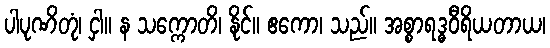
ပါပုဏိတုံ၊ ငှါ။ န သက္ကောတိ၊ နိုင်။ ဧကော၊ သည်။ အစ္စာရဒ္ဓဝီရိယတာယ၊